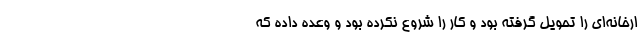
ارخانه‌ای را تحویل گرفته بود و کار را شروع نکرده بود و وعده داده که